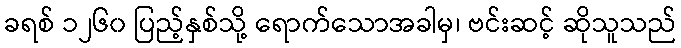
ခရစ် ၁၂၆၀ ပြည့်နှစ်သို့ ရောက်သောအခါမှ၊ ဗင်းဆင့် ဆိုသူသည်